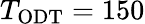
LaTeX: T_{\mathrm{ODT}}=150